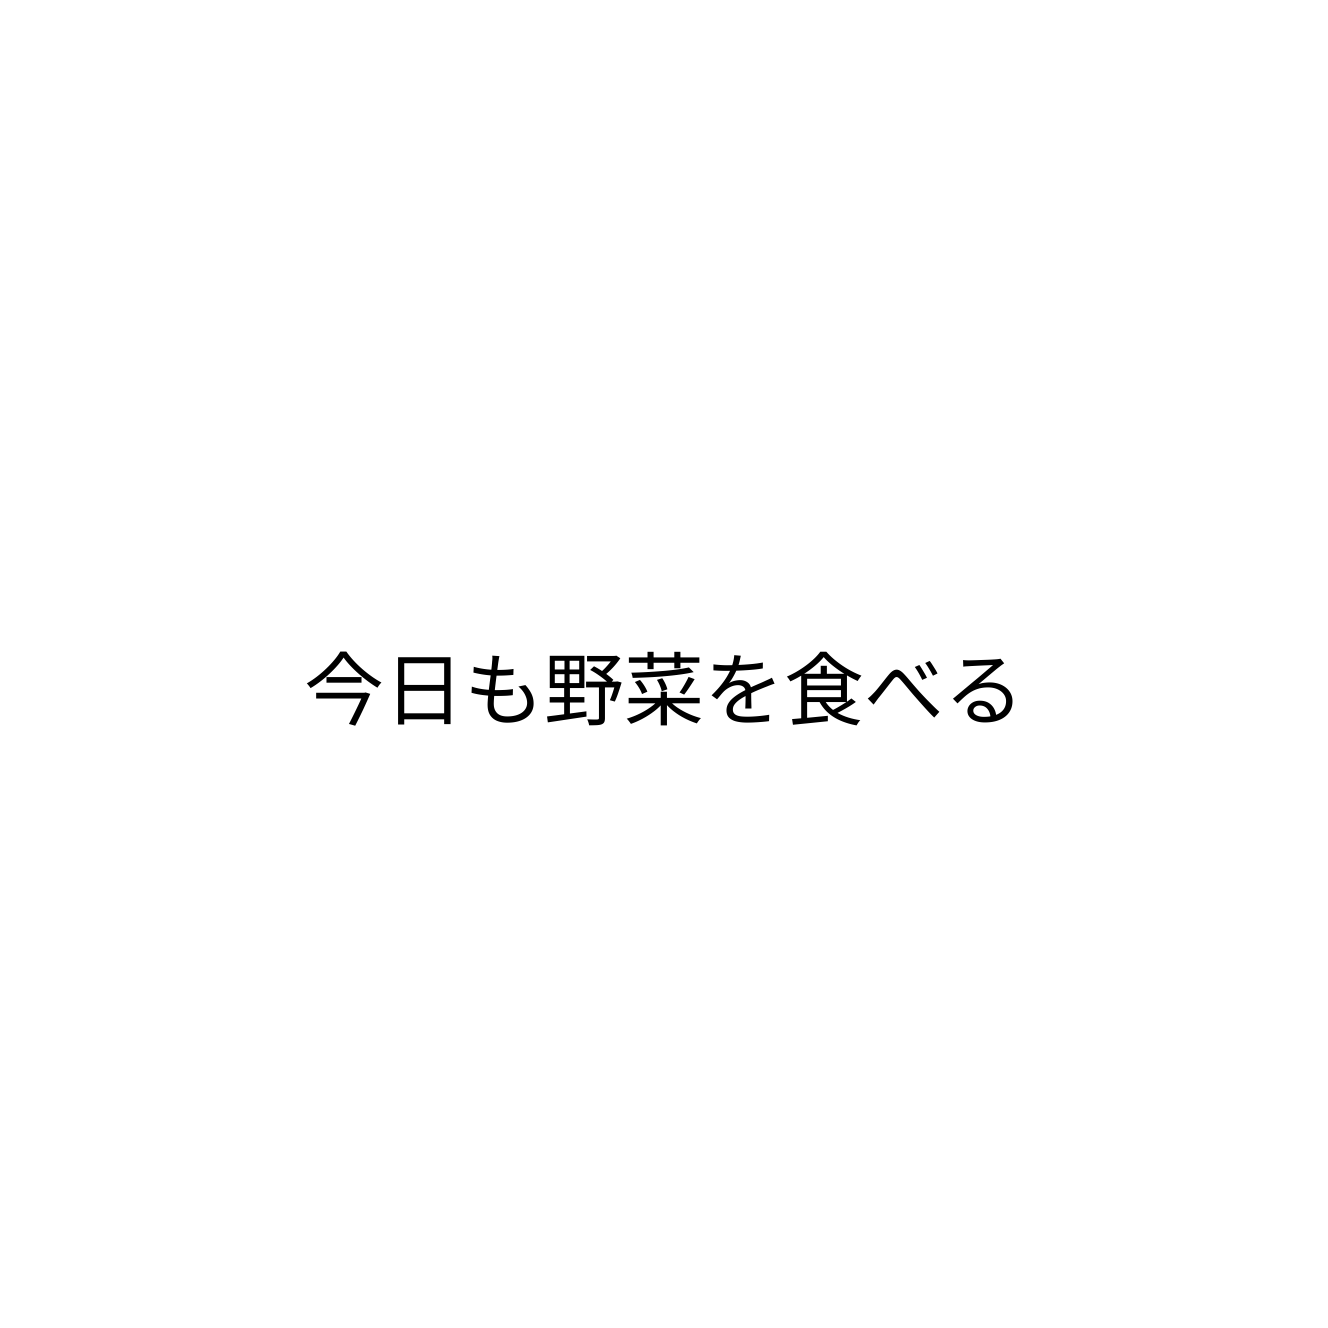
今日も野菜を食べる